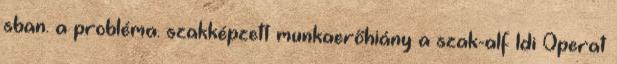
sban. a probléma. szakképzett munkaerőhiány a szak-alf ldi Operat